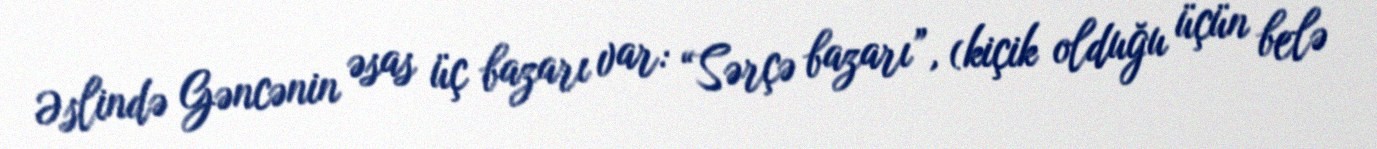
Əslində Gəncənin əsas üç bazarı var: “Sərçə bazarı”, (kiçik olduğu üçün belə